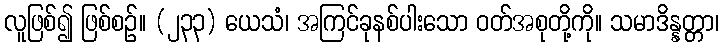
လူဖြစ်၍ ဖြစ်စဉ်။ (၂၃၃) ယေသံ၊ အကြင်ခုနစ်ပါးသော ဝတ်အစုတို့ကို။ သမာဒိန္နတ္တာ၊